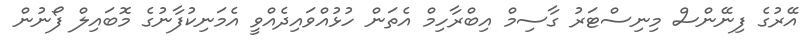
އޭރުގެ ފިނޭންސް މިނިސްޓަރު ގާސިމް އިބްރާހިމް އެތަން ހުޅުއްވައިދެއްވީ އެމަނިކުފާނުގެ މޮބައިލް ފޯނުން